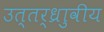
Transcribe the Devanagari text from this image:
उत्तर्ध्राुवीय